Senior Leaving Certificate Examination (including Day School Certificate (Higher) General paper), 1949
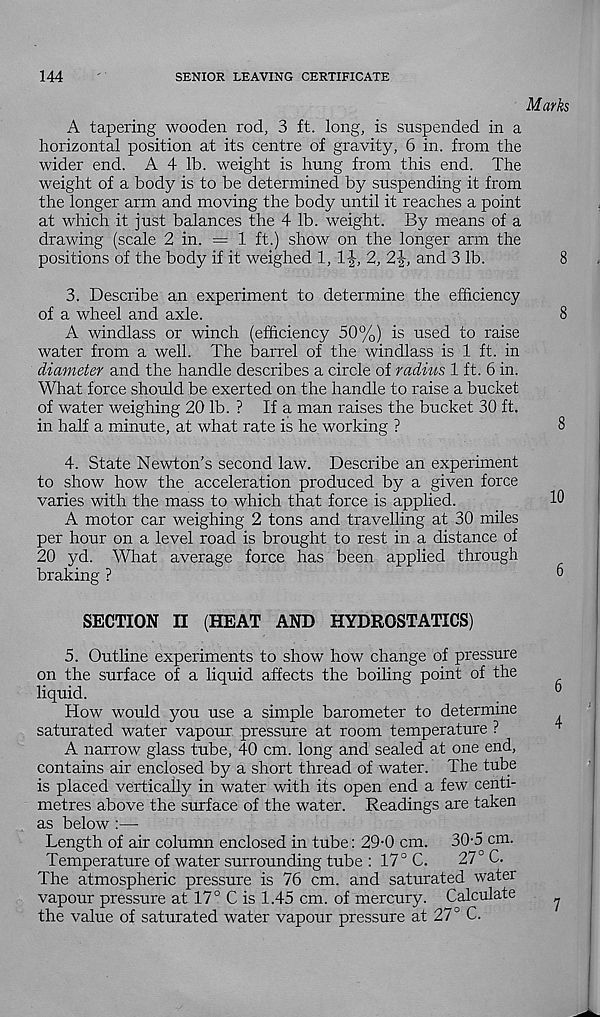
144
SENIOR LEAVING CERTIFICATE
A tapering wooden rod, 3 ft. long, is suspended in a
horizontal position at its centre of gravity, 6 in. from the
wider end. A 4 lb. weight is hung from this end. The
weight of a body is to be determined by suspending it from
the longer arm and moving the body until it reaches a point
at which it just balances the 4 lb. weight. By means of a
drawing (scale 2 in. = 1 ft.) show on the longer arm the
positions of the body if it weighed 1, IJ, 2, 2|, and 3 lb.
3. Describe an experiment to determine the efficiency
of a wheel and axle.
A windlass or winch (efficiency 50%) is used to raise
water from a well. The barrel of the windlass is 1 ft. in
diavieter and the handle describes a circle of radius 1 ft. 6 in.
What force should be exerted on the handle to raise a bucket
of water weighing 20 lb. ? If a man raises the bucket 30 ft.
in half a minute, at what rate is he working ?
4. State Newton’s second law. Describe an experiment
to show how the acceleration produced by a given force
varies with the mass to which that force is applied.
A motor car weighing 2 tons and travelling at 30 miles
per hour on a level road is brought to rest in a distance of
20 yd. What average force has been applied through
braking ?
SECTION II (HEAT AND HYDROSTATICS)
5. Outline experiments to show how change of pressure
on the surface of a liquid affects the boiling point of the
liquid.
How would you use a simple barometer to determine
saturated water vapour pressure at room temperature ?
A narrow glass tube, 40 cm. long and sealed at one end,
contains air enclosed by a short thread of water. The tube
is placed vertically in water with its open end a few centi-
metres above the surface of the water. Readings are taken
as below :—
Length of air column enclosed in tube: 29-0 cm.
30-5 cm.
Temperature of water surrounding tube : 17° C.
27° C.
The atmospheric pressure is 76 cm. and saturated water
vapour pressure at 17° C is 1.45 cm. of mercury. Calculate
the value of saturated water vapour pressure at 27° C.